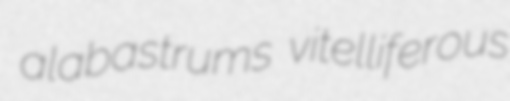
alabastrums vitelliferous